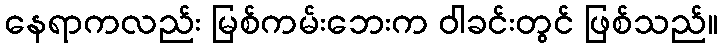
နေရာကလည်း မြစ်ကမ်းဘေးက ဝါခင်းတွင် ဖြစ်သည်။